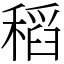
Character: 稻